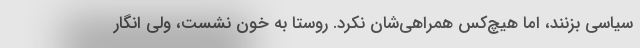
سیاسی بزنند، اما هیچ‌کس همراهی‌شان نکرد. روستا به خون نشست، ولی انگار